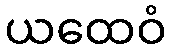
ယထေဝံ